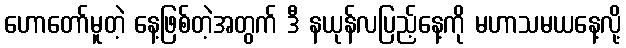
ဟောတော်မူတဲ့ နေ့ဖြစ်တဲ့အတွက် ဒီ နယုန်လပြည့်နေ့ကို မဟာသမယနေ့လို့